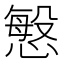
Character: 𭞠